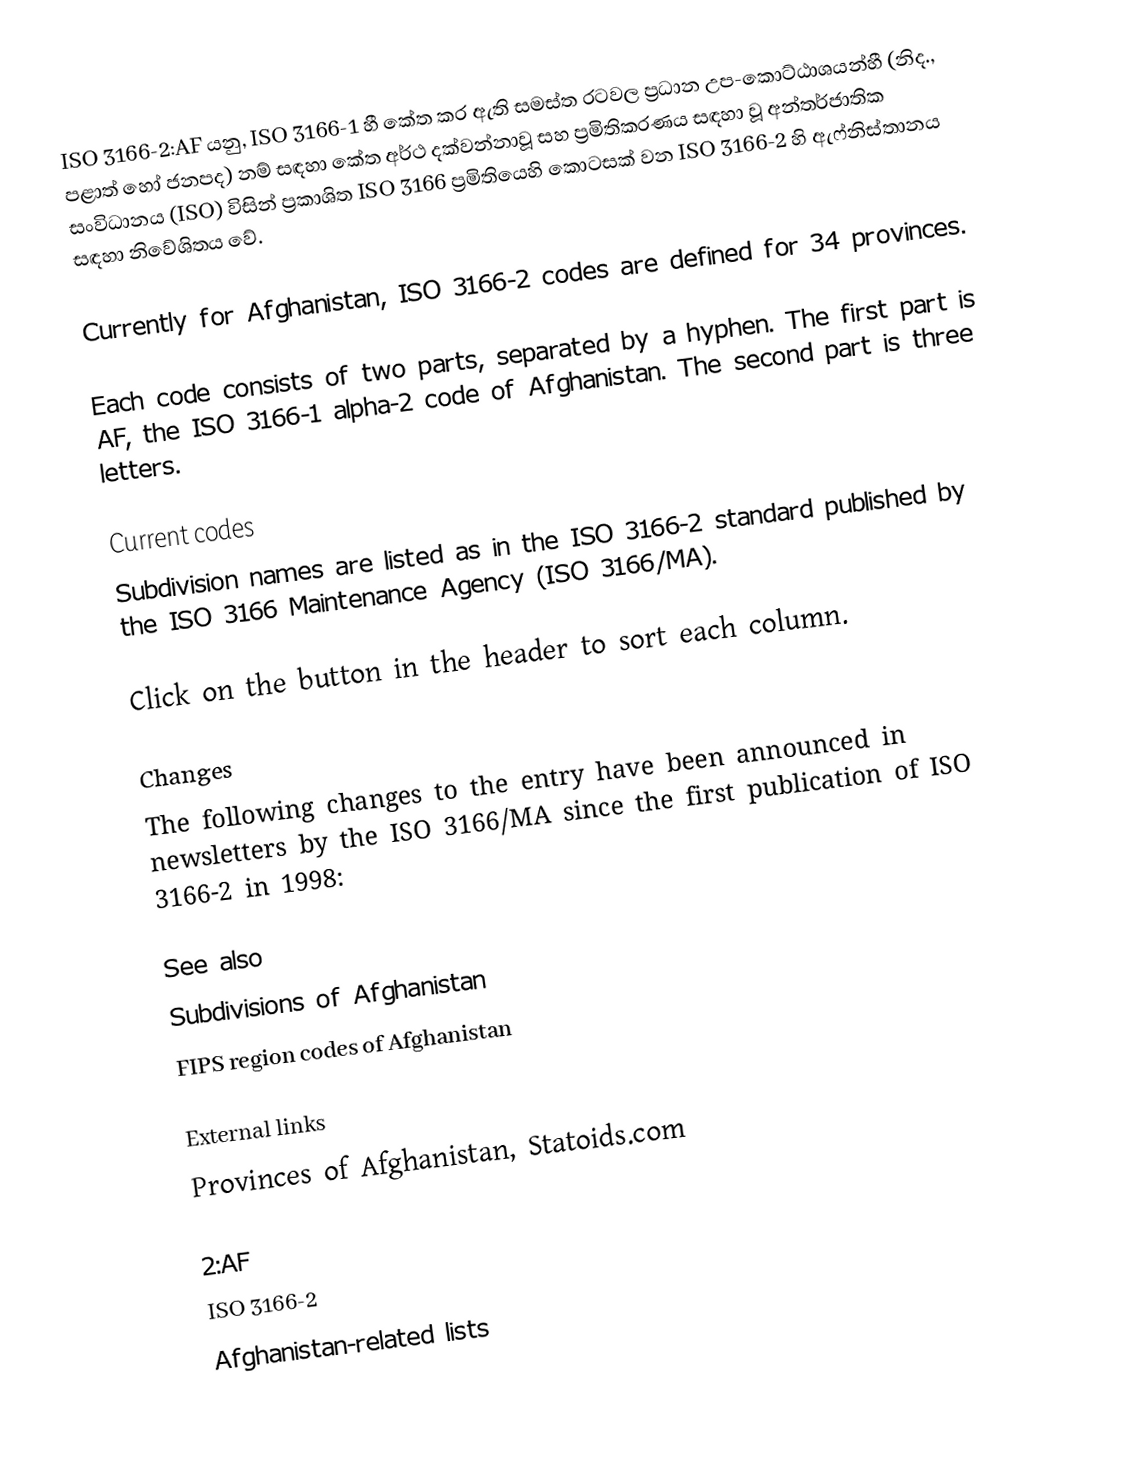
ISO 3166-2:AF යනු, ISO 3166-1 හී කේත කර ඇති සමස්ත  රටවල ප්‍රධාන උප-කොට්ඨාශයන්හී (නිද., පළාත් හෝ ජනපද) නම් සඳහා කේත අර්ථ දක්වන්නාවූ සහ ප්‍රමිතිකරණය සඳහා වූ අන්තර්ජාතික සංවිධානය (ISO) විසින් ප්‍රකාශිත ISO 3166 ප්‍රමිතියෙහි කොටසක් වන ISO 3166-2 හි  ඇෆ්නිස්තානය  සඳහා නිවේශිතය වේ.

Currently for Afghanistan, ISO 3166-2 codes are defined for 34 provinces.

Each code consists of two parts, separated by a hyphen. The first part is AF, the ISO 3166-1 alpha-2 code of Afghanistan. The second part is three letters.

Current codes
Subdivision names are listed as in the ISO 3166-2 standard published by the ISO 3166 Maintenance Agency (ISO 3166/MA).

Click on the button in the header to sort each column.

Changes
The following changes to the entry have been announced in newsletters by the ISO 3166/MA since the first publication of ISO 3166-2 in 1998:

See also
 Subdivisions of Afghanistan
 FIPS region codes of Afghanistan

External links
 Provinces of Afghanistan, Statoids.com

2:AF
ISO 3166-2
Afghanistan-related lists